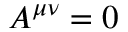
A ^ { \mu \nu } = 0